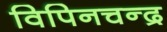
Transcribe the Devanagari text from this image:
विपिनचन्द्र